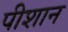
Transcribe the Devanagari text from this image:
पीशान